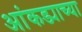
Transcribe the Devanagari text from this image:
आंकड्याच्या